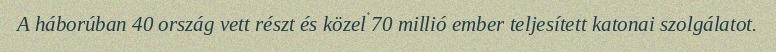
A háborúban 40 ország vett részt és közel 70 millió ember teljesített katonai szolgálatot.